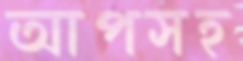
আপসহ